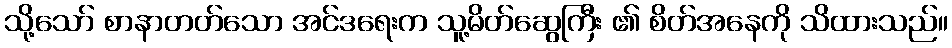
သို့သော် စာနာတတ်သော အင်ဒရေးက သူ့မိတ်ဆွေကြီး ၏ စိတ်အနေကို သိထားသည်။